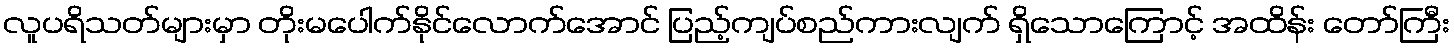
လူပရိသတ်များမှာ တိုးမပေါက်နိုင်လောက်အောင် ပြည့်ကျပ်စည်ကားလျက် ရှိသောကြောင့် အထိန်း တော်ကြီး